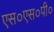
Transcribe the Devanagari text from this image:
एस०एस०पी०